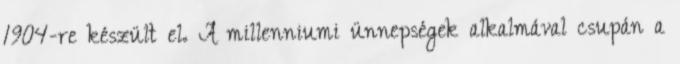
1904-re készült el. A millenniumi ünnepségek alkalmával csupán a